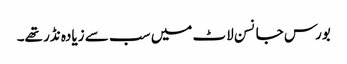
بورس جانسن لاٹ میں سب سے زیادہ نڈر تھے۔